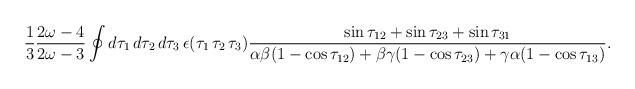
LaTeX: \begin{align*}\frac{1}{3}\frac{2\omega-4}{2\omega-3}\oint d\tau_1\,d\tau_2\,d\tau_3\,\epsilon(\tau_1\,\tau_2\,\tau_3)\frac{\sin\tau_{12}+\sin\tau_{23}+\sin\tau_{31}}{\alpha\beta(1-\cos\tau_{12})+\beta\gamma(1-\cos\tau_{23})+\gamma\alpha(1-\cos\tau_{13})}.\end{align*}